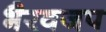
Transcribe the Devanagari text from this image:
भैरवजप